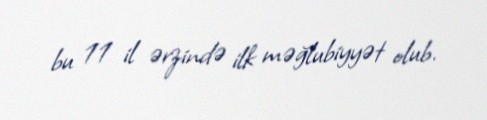
bu 11 il ərzində ilk məğlubiyyət olub.